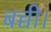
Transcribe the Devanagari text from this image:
बच्ची।